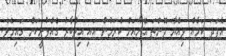
އެފަދަ ކަމެއް ވިއްޔާ ދޮންތަ އޭނާއަށް ކުރަމުން އައި އިތުބާރު ގެއްލުނީކަން ގައިމެވެ.